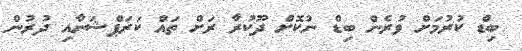
ބިޑް ކުރުމަށް ވުރެން ބިޑް ނުކޮށް ދޫކުރާ ރަށް ތައް ކަރަޕްޝަނާއި ދުރުން